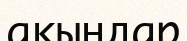
ақыңдар